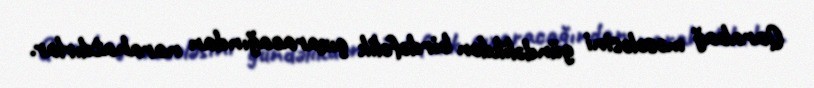
Qarabağ məsələsini gündəlikdən birdəfəlik çıxaracağından narahatdırlar.